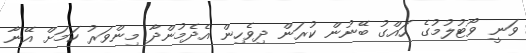
ވަނީ ވޯޓުލުމުގެ ހައްގު ބޭނުން ކުރަން ދިވެހިން އެދެމުންދާ މިންވަރު ކަމަށް އޭނާ